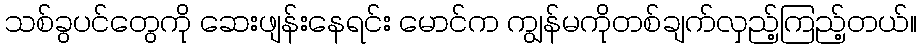
သစ်ခွပင်တွေကို ဆေးဖျန်းနေရင်း မောင်က ကျွန်မကိုတစ်ချက်လှည့်ကြည့်တယ်။